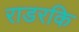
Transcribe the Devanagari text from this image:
राडरकि